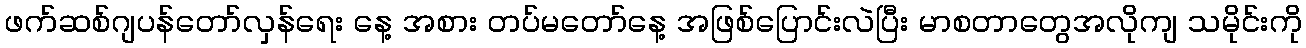
ဖက်ဆစ်ဂျပန်တော်လှန်ရေး နေ့ အစား တပ်မတော်နေ့ အဖြစ်ပြောင်းလဲပြီး မာစတာတွေအလိုကျ သမိုင်းကို